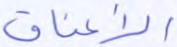
الأعناق